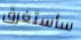
سأستغرق